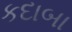
કદાબા